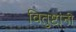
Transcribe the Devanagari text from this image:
वितुष्टांनी